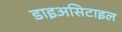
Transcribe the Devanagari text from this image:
डाइअसिटाइल